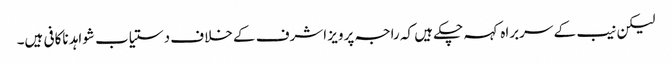
لیکن نیب کے سربراہ کہہ چکے ہیں کہ راجہ پرویز اشرف کے خلاف دستیاب شواہد ناکافی ہیں۔